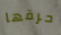
حرقها